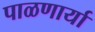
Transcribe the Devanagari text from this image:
पाळणार्या